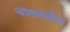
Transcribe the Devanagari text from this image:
चालवावीत